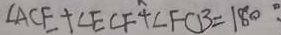
\angle A C E + \angle E C F + \angle F C B = 1 8 0 ^ { \circ }